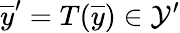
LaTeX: \overline{{y}}^{\prime}=T(\overline{{y}})\in\mathcal{Y}^{\prime}